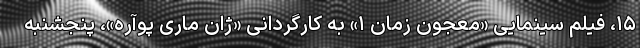
۱۵، فیلم سینمایی «معجون زمان ۱» به کارگردانی «ژان ماری پوآره»، پنجشنبه